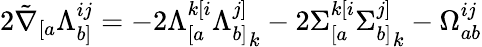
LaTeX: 2\tilde{\nabla}_{[a}\Lambda_{b]}^{ij}=-2\Lambda_{[a}^{k[i}{\Lambda_{b]}^{j]}}_{k}-2{\Sigma_{[a}^{k[i}}{\Sigma_{b]}^{j]}}_{k}-\Omega_{ab}^{ij}